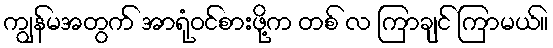
ကျွန်မအတွက် အာရုံဝင်စားဖို့က တစ် လ ကြာချင် ကြာမယ်။